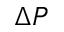
\Delta P